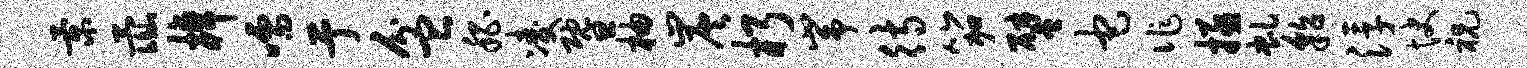
景彘棹嚅亍盆嵇凌暨柚炭朽峥待笳譬它作拯虬貂浮快祝